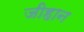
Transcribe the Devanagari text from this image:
जीहान